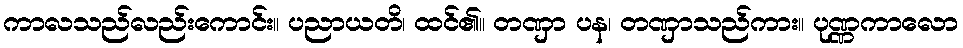
ကာလသည်လည်းကောင်း။ ပညာယတိ၊ ထင်၏။ တဏှာ ပန၊ တဏှာသည်ကား။ ပုဏ္ဏကာလော